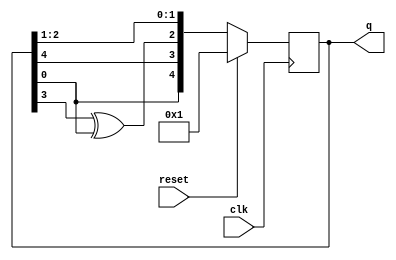
module top_module(
	input clk,
	input reset,
	output reg [4:0] q);
	
	reg [4:0] q_next;		

	always @(*) begin
		q_next = q[4:1];	
		q_next[4] = q[0];	
		q_next[2] = q[3] ^ q[0];
	end
	
	
	always @(posedge clk) begin
		if (reset)
			q <= 5'h1;
		else
			q <= q_next;
	end
	
endmodule